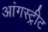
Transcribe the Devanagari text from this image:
आंगस्ट्रीट